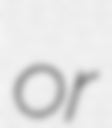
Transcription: or